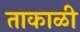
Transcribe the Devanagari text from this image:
ताकाळी